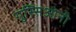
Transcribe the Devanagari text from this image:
गुस्सिओनी